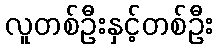
လူတစ်ဦးနှင့်တစ်ဦး